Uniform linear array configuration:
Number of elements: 64
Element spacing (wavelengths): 1
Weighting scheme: blackman
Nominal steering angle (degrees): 0
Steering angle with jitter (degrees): -1.567
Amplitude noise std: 0.05
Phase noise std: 0.05

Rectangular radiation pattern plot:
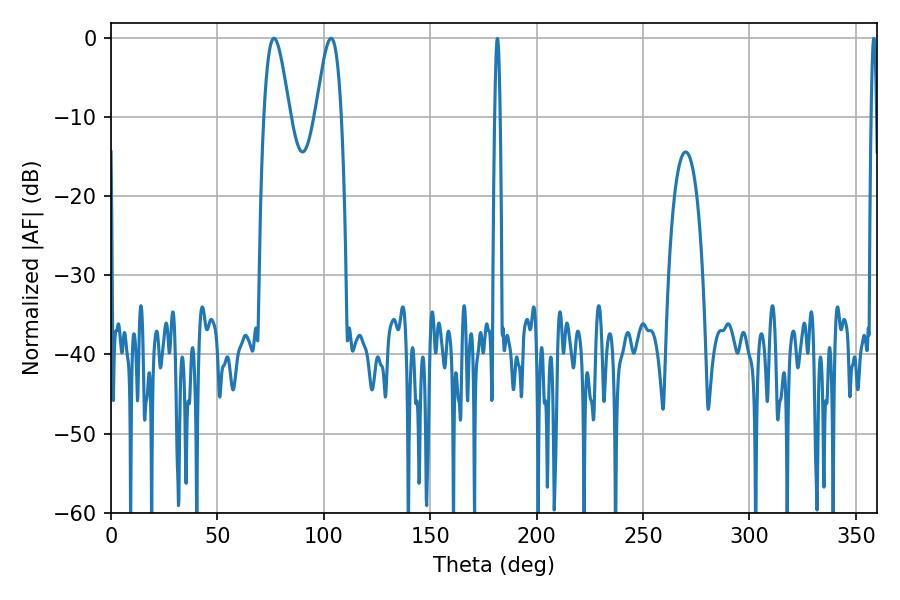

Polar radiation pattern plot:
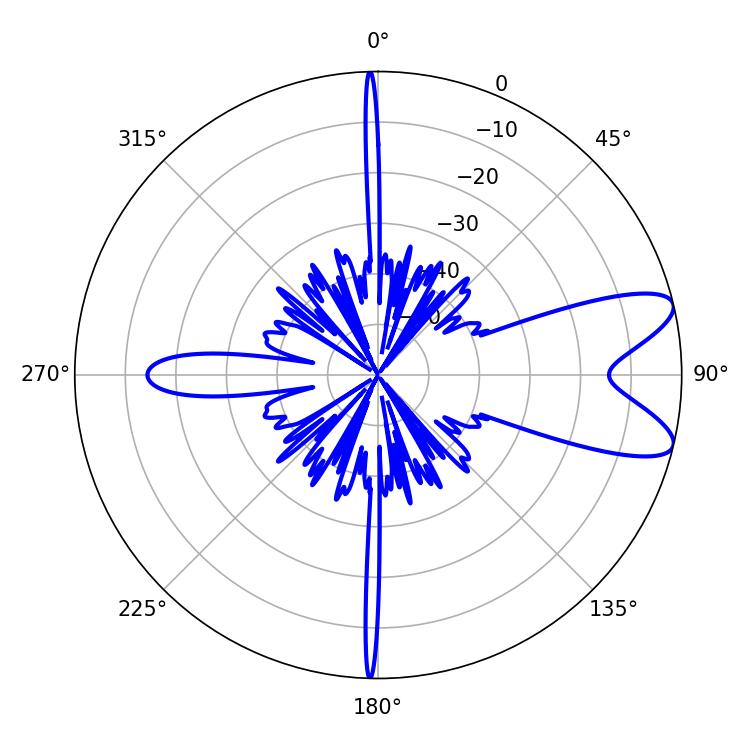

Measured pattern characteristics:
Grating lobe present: TRUE
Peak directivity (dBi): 9.149
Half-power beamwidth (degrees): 6.48
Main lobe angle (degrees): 103.5